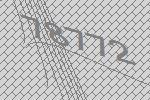
78772